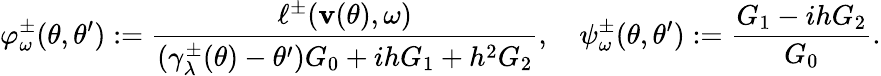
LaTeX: \varphi_{\omega}^{\pm}(\theta,\theta^{\prime}):=\frac{\ell^{\pm}(\mathbf v(\theta),\omega)}{(\gamma_{\lambda}^{\pm}(\theta)-\theta^{\prime})G_{0}+ihG_{1}+h^{2}G_{2}},\quad\psi_{\omega}^{\pm}(\theta,\theta^{\prime}):=\frac{G_{1}-ihG_{2}}{G_{0}}.